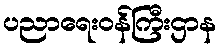
ပညာရေးဝန်ကြီးဌာန